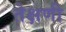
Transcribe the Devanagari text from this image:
तेक्षणी